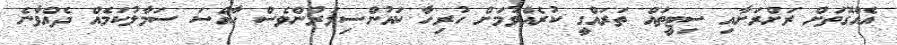
އެއްގޮތަށް ރަށްރަށާއި ސިޓީތައް ތަރައްގީ ކުރެއްވުމަށް ހުރިހާ ކައުންސިލަރުންވެސް ހާއްސަ ސަމާލުކަމެއް ދެއްވާނެ